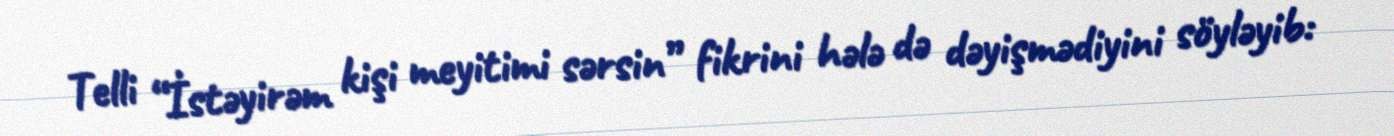
Telli “İstəyirəm kişi meyitimi sərsin” fikrini hələ də dəyişmədiyini söyləyib: